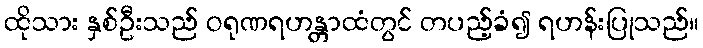
ထိုသား နှစ်ဦးသည် ဝရုဏရဟန္တာထံတွင် တပည့်ခံ၍ ရဟန်းပြုသည်။